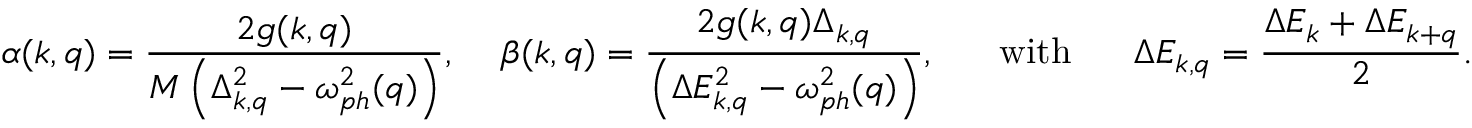
\alpha ( k , q ) = \frac { 2 g ( k , q ) } { M \left( \Delta _ { k , q } ^ { 2 } - \omega _ { p h } ^ { 2 } ( q ) \right) } \mathrm { , ~ \quad } \beta ( k , q ) = \frac { 2 g ( k , q ) \Delta _ { k , q } } { \left( \Delta E _ { k , q } ^ { 2 } - \omega _ { p h } ^ { 2 } ( q ) \right) } \mathrm { , ~ \quad ~ w i t h ~ \quad ~ } \Delta E _ { k , q } = \frac { \Delta E _ { k } + \Delta E _ { k + q } } { 2 } .